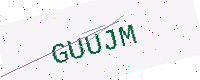
Text: GUUJM